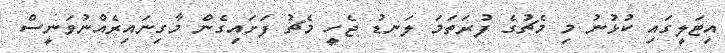
އިޓަލީގައި ކުޅުނު މި މެޗުގެ ފުރަތަމަ ލަނޑު ޖެހީ މެޗު ފަށައިގެން މާގިނައިރެއްނުވަނީސް